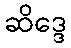
ဆိဒ္ဒေ